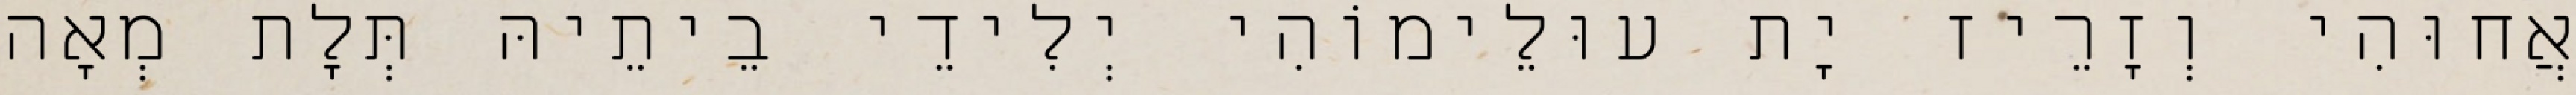
אֲחוּהִי וְזָרֵיז יָת עוּלֵימוֹהִי יְלִידֵי בֵיתֵיהּ תְּלָת מְאָה